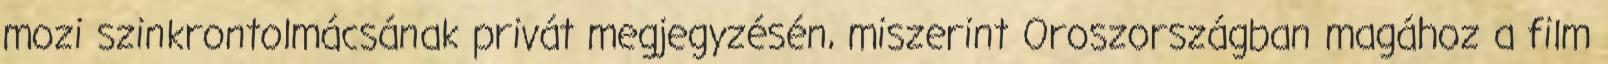
mozi szinkrontolmácsának privát megjegyzésén, miszerint Oroszországban magához a film